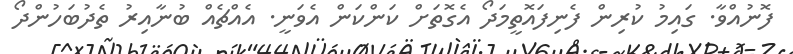
ފޮނުއްވާ. ގައިމު ކުރިން ފެނިފައޮތީމަދޯ އެގޮތަށް ކަންކަން އެވަނީ. އެއްޗެއް ބުނާއިރު ތެދުބަހުންދޯ